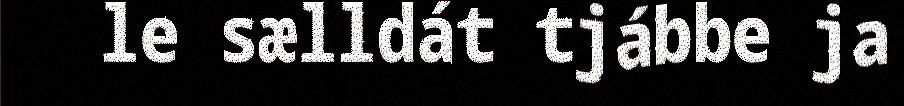
le sælldát tjábbe ja